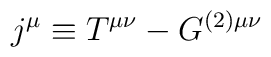
j^\mu \equiv T^{\mu \nu} - G^{(2) \mu \nu}